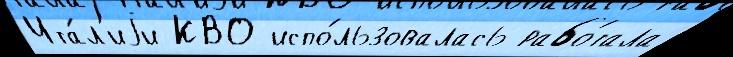
Ита́л'иjи КВО испо́льзовалась рабо́тала